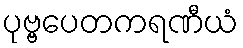
ပုဗ္ဗပေတကရဏီယံ